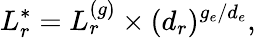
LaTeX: L_{r}^{*}=L_{r}^{(g)}\times(d_{r})^{{g_{e}}/{d_{e}}},